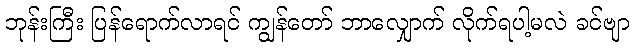
ဘုန်းကြီး ပြန်ရောက်လာရင် ကျွန်တော် ဘာလျှောက် လိုက်ရပါ့မလဲ ခင်ဗျာ